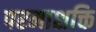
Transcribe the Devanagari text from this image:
परमाशक्ति